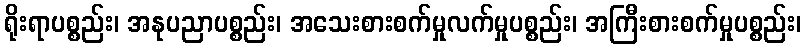
ရိုးရာပစ္စည်း၊ အနုပညာပစ္စည်း၊ အသေးစားစက်မှုလက်မှုပစ္စည်း၊ အကြီးစားစက်မှုပစ္စည်း၊